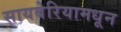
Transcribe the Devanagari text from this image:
सायबेरियामधून